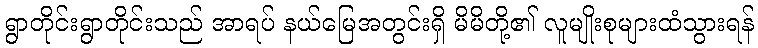
ရွာတိုင်းရွာတိုင်းသည် အာရပ် နယ်မြေအတွင်းရှိ မိမိတို့၏ လူမျိုးစုများထံသွားရန်